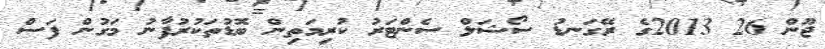
ޖޫން 26 2013ގެ ރޭގަނޑު ސޯޝަލް ސެންޓަރު ކުރިމަތިން ބޮޑުތަކުރުފާނު މަގުން ފަސް